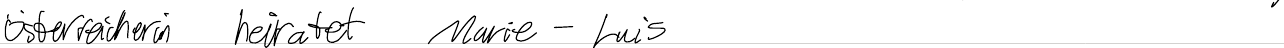
Österreicherin heiratet Marie-Luis